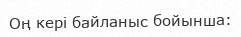
Оң кері байланыс бойынша: